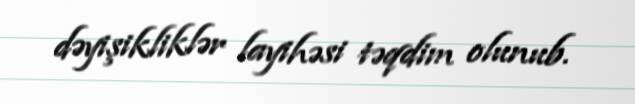
dəyişikliklər layihəsi təqdim olunub.